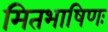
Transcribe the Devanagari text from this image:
मितभाषिणः